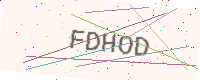
Text: FDHOD